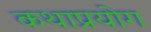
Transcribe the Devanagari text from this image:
कथाप्रयोग